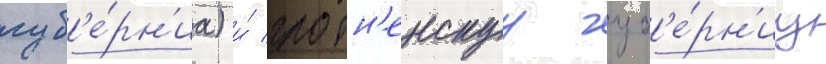
губ'е́рн'иа) и́ гродн'енскуу губ'е́рн'иу